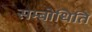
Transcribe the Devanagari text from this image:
सम्बोधिति